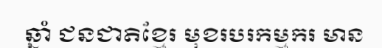
ឆ្នាំ ជនជាតិខ្មែរ មុខរបរកម្មករ មាន